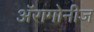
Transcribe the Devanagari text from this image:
अॅरागोनीज